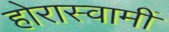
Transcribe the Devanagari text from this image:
होरास्वामीं